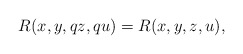
\begin{align*} R(x, y, qz, qu)=R(x, y, z, u),\end{align*}